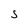
Character: S